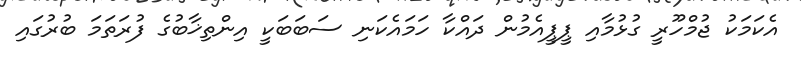
އެކަމަކު ޖުމްހޫރީ ގުޅުމާއި ޕީޕީއެމުން ދައްކާ ހަމައެކަނި ސަބަބަކީ އިންތިޚާބުގެ ފުރަތަމަ ބުރުގައި